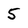
Character: 5